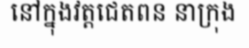
នៅក្នុងវត្តជេតពន នាក្រុង